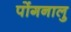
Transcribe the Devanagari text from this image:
पोंगनालु